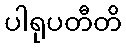
ပါရုပတီတိ